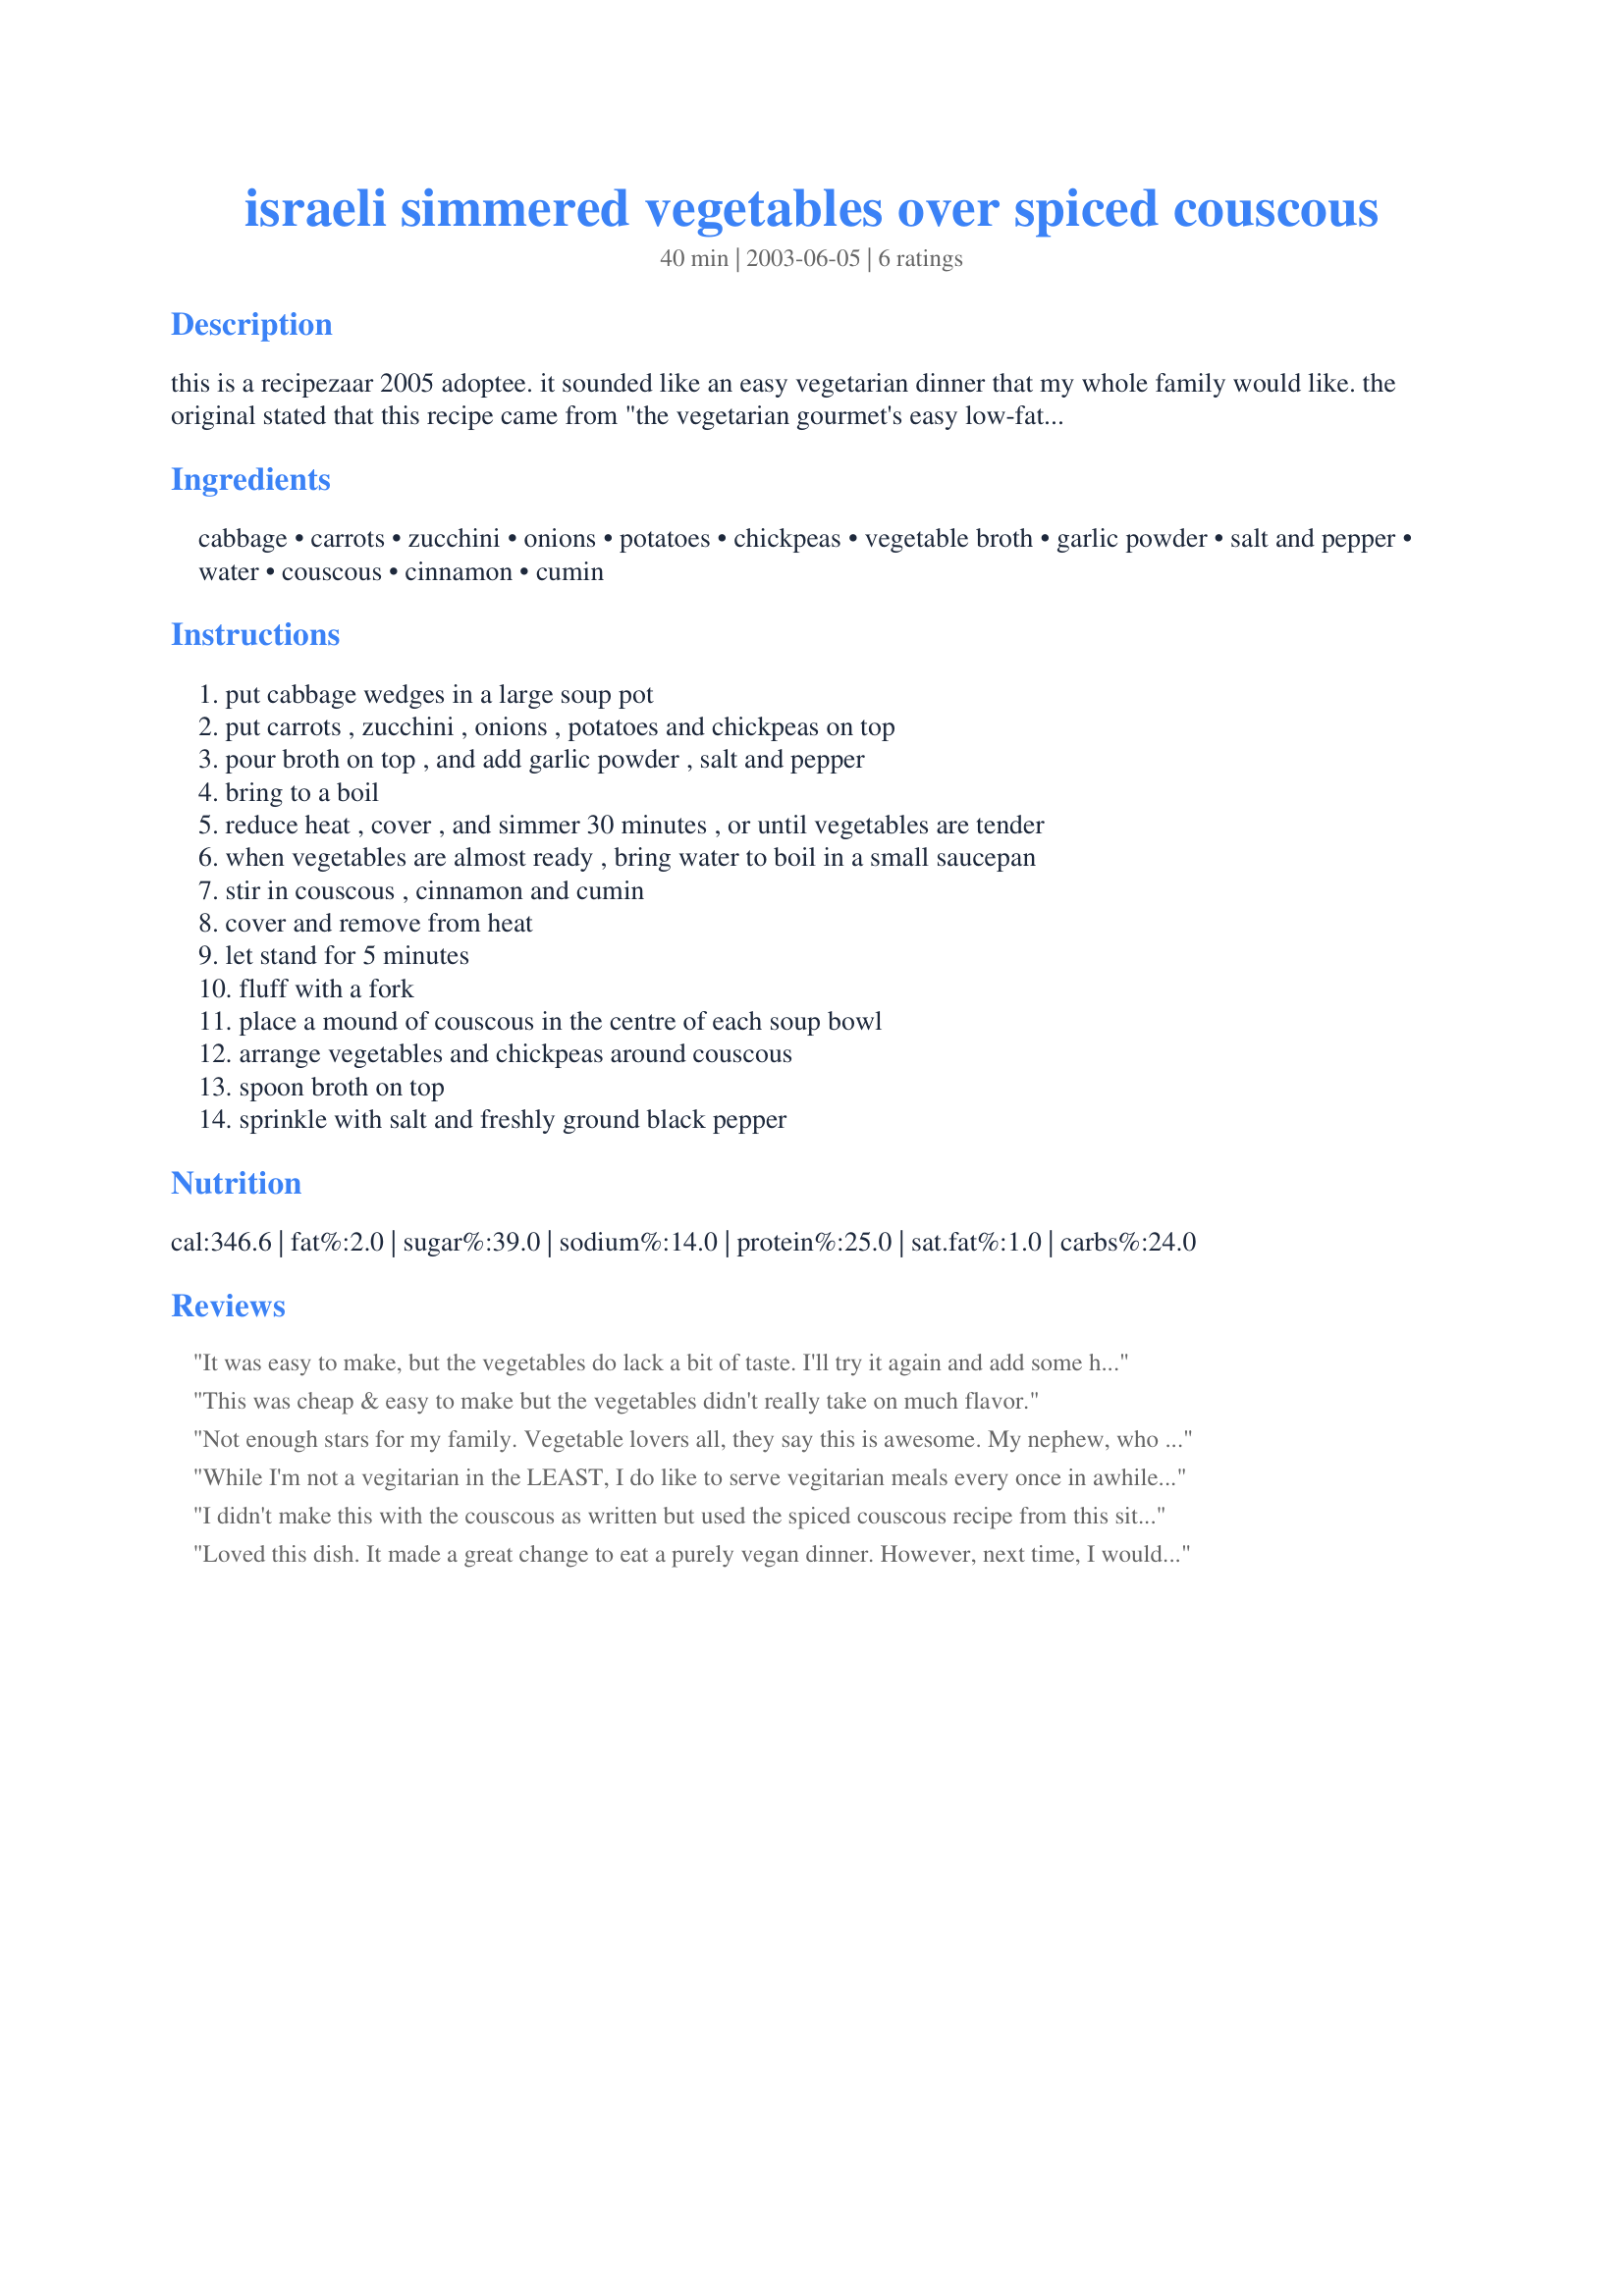
israeli simmered vegetables over spiced couscous
Preparation time: 40 minutes

this is a recipezaar 2005 adoptee. it sounded like an easy vegetarian dinner that my whole family would like. the original stated that this recipe came from "the vegetarian gourmet's easy low-fat favorites".

Ingredients:
cabbage, carrots, zucchini, onions, potatoes, chickpeas, vegetable broth, garlic powder, salt and pepper, water, couscous, cinnamon, cumin

Steps:
put cabbage wedges in a large soup pot, put carrots , zucchini , onions , potatoes and chickpeas on top, pour broth on top , and add garlic powder , salt and pepper, bring to a boil, reduce heat , cover , and simmer 30 minutes , or until vegetables are tender, when vegetables are almost ready , bring water to boil in a small saucepan, stir in couscous , cinnamon and cumin, cover and remove from heat, let stand for 5 minutes, fluff with a fork, place a mound of couscous in the centre of each soup bowl, arrange vegetables and chickpeas around couscous, spoon broth on top, sprinkle with salt and freshly ground black pepper

Reviews:
It was easy to make, but the vegetables do lack a bit of taste. I'll try it again and add some herbs and cinnamon and cumin to the veggies and see how it goes. But it's a great basic recipe, and inexpensive as well.
This was cheap & easy to make but the vegetables didn't really take on much flavor.
Not enough stars for my family. Vegetable lovers all, they say this is awesome. My nephew, who never likes to eat leftovers, ate this for lunch three days in a row and wanted more! Thanks, Cornelia.
While I'm not a vegitarian in the LEAST, I do like to serve vegitarian meals every once in awhile for a change of pace for my family. My 5 year old did not like this. I thought it was pretty good though. Not a whole lot of flavor, but you CAN taste all the flavors of each thing. It's very nice! I also thought this would be great for someone who's getting over a stomach virus or similar stomach issues (as I just have) because it's mild and easy on the stomach. All in all, 4 stars. Thanks for posting this wonderfully unique recipe. :)
I didn't make this with the couscous as written but used the spiced couscous recipe from this site. The vegetables were delicious. Like others have noted, the s&p and garlic powder do not add much flavor. So I carefully chose the wolfgang puck chicken broth for this recipe, which already has some light flavoring in it. The real focus of the recipe is the taste of the vegetables. It's so healthy, I would not hesitate to make it again.
Loved this dish. It made a great change to eat a purely vegan dinner. However, next time, I would reduce the cinnamon to 1/8 tsp. as not everyone is a fan of cinnamon in a main dish.
